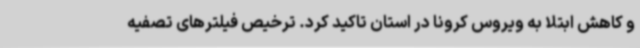
و کاهش ابتلا به ویروس کرونا در استان تاکید کرد. ترخیص فیلترهای تصفیه